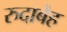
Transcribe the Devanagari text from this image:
रुदाबेह